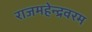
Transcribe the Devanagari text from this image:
राजमहेन्द्रवरम